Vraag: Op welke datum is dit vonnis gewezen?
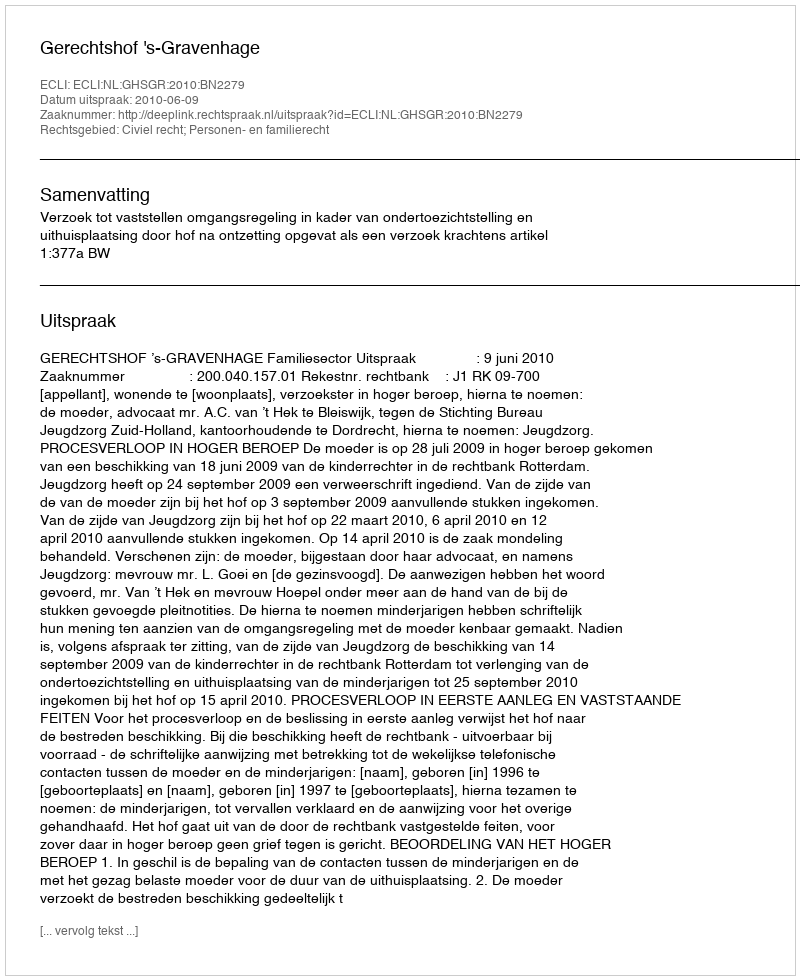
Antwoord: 2010-06-09